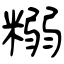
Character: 糑